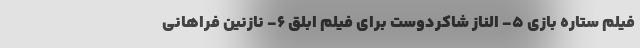
فیلم ستاره بازی 5- الناز شاکردوست برای فیلم ابلق 6- نازنین فراهانی